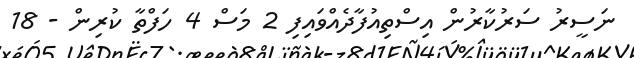
ނަސީރު ސަރުކާރުން އިސްތިއުފާދެއްވައިފި 2 މަސް 4 ހަފްތާ ކުރިން - 18